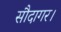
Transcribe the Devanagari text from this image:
सौदागर।